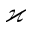
\varkappa